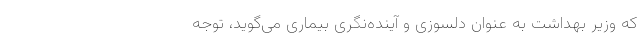
که وزیر بهداشت به عنوان دلسوزی و آینده‌نگری بیماری می‌گوید، توجه